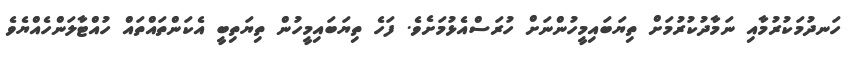
ހަނދުމަކުރުމާއި ނަމާދުކުރުމަށް ތިޔަބައިމީހުންނަށް ހުރަސްއެޅުމަށެވެ. ފަހެ ތިޔަބައިމީހުން ތިޔަތިބީ އެކަންތައްތައް ހުއްޓާލަންހެއްޔެވެ